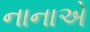
નાનાએ